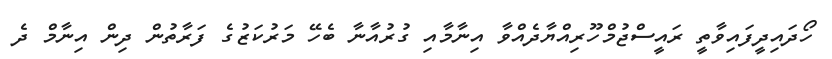
ހޯދައިދީފައިވާތީ ރައީސްޖުމްހޫރިއްޔާދެއްވާ އިނާމާއި ގުރުއާނާ ބެހޭ މަރުކަޒުގެ ފަރާތުން ދިން އިނާމް ދެ